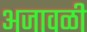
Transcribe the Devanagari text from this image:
अजावळी